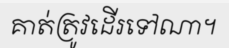
គាត់ត្រូវដើរទៅណា។